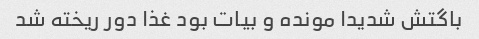
باگتش شدیدا مونده و بیات بود غذا دور ریخته شد